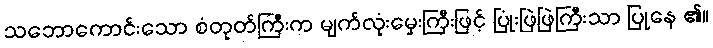
သဘောကောင်းသော စံတုတ်ကြီးက မျက်လုံးမှေးကြီးဖြင့် ပြုံးဖြဲဖြဲကြီးသာ ပြုနေ ၏။